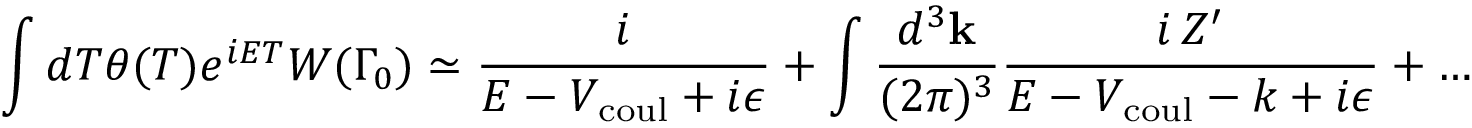
\int d T \theta ( T ) e ^ { i E T } W ( \Gamma _ { 0 } ) \simeq { \frac { i } { E - V _ { \mathrm { c o u l } } + i \epsilon } } + \int { \frac { d ^ { 3 } { \bf k } } { ( 2 \pi ) ^ { 3 } } } { \frac { i \, Z ^ { \prime } } { E - V _ { \mathrm { c o u l } } - k + i \epsilon } } + \dots